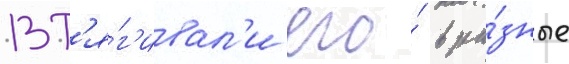
вт'я́г'ивал'и его́ в ра́зные